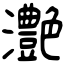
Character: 灔